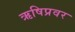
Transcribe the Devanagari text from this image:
ऋषिप्रवर